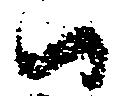
ハ